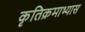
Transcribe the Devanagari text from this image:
कृतिक्रमाभ्यास